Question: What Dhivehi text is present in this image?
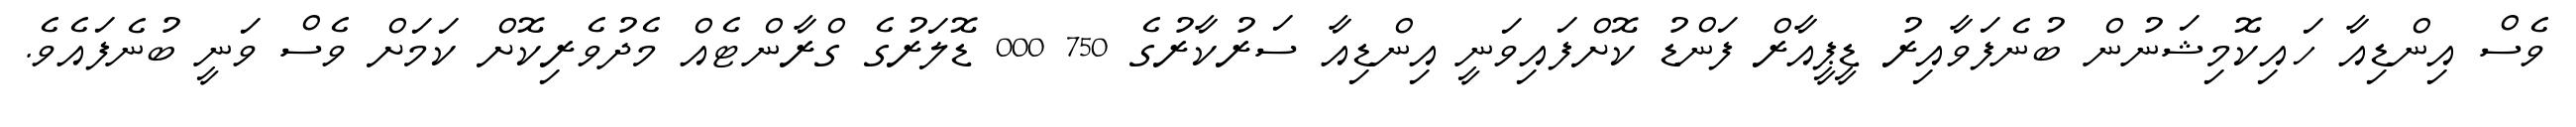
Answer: ވެސް އިންޑިއާ ހައިކޮމިޝަނުން ބުނެފަވާއިރު ޑީޕީއާރް ފަންޑު ކޮށްފައިވަނީ އިންޑިއާ ސަރުކާރުގެ 750 000 ޑޮލަރުގެ ގްރާންޓެއް މެދުވެރިކޮށް ކަމަށް ވެސް ވަނީ ބުނެފައެވެ.